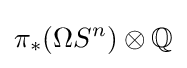
\pi _{*}(\Omega S^{n})\otimes \mathbb {Q}